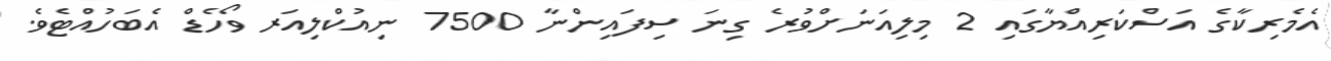
އެމެރިކާގެ އަސްކަރިއްޔާގައި 2 މިލިއަނަށްވުރެ ގިނަ ސިފައިންނާ 7500 ނިއުކްލިއަރ ވޯހެޑް އެބަހުއްޓެވެ.